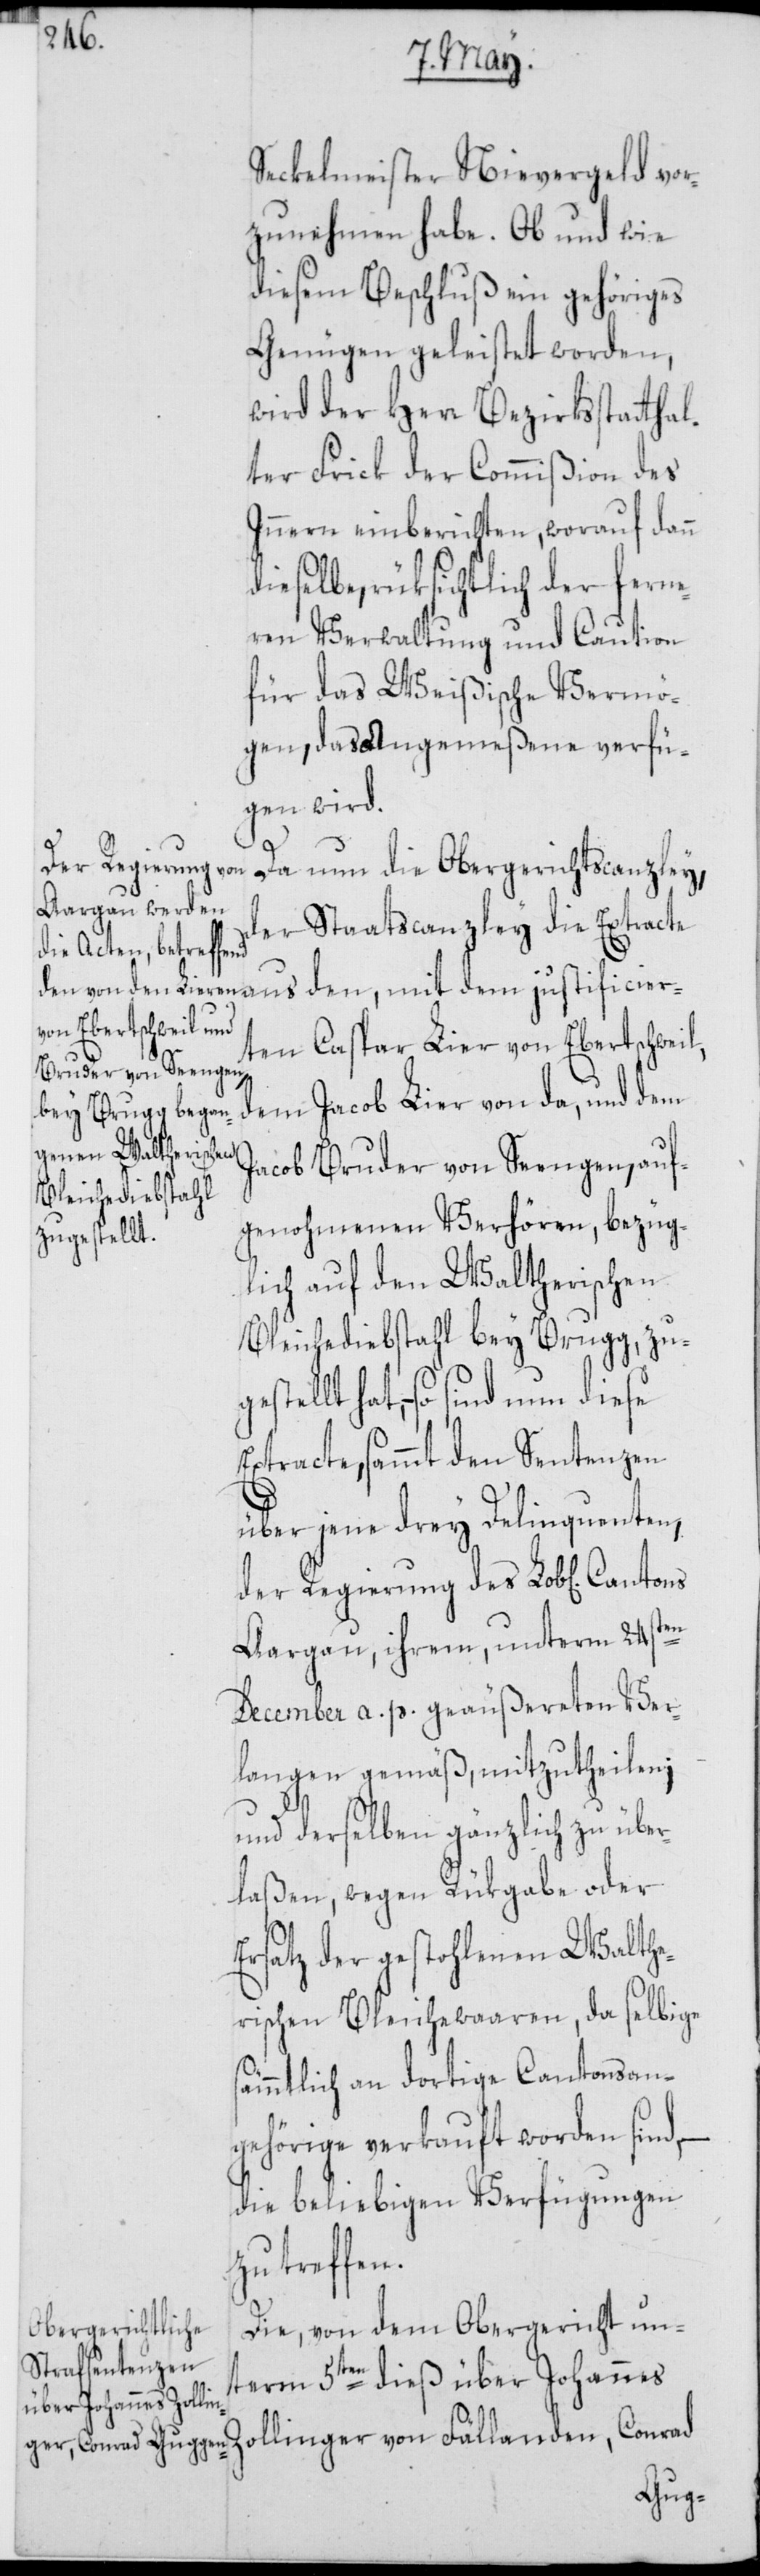
der Regierung des

Seckelmeister Nievergeld vo¬
zunehmen habe. Ob und wie
diesem Beschluß ein gehöriges
Genügen geleistet worden,
wird der Herr Bezirksstatthal¬
ter Frick der Commißion des
Innern einberichten, worauf dann
dieselbe, rüksichtlich der ferne¬
ren Verwaltung und Caution
für das Weißische Vermö¬
gen, das Angemeßene verfü¬
gen wird.
Da nun die Obergerichtscanzley,
der Staatscanzley die Extracte
aus den, mit dem justificier¬
ten Caspar Lier von Ebertschweil,
dem Jacob Lier von da, und dem
Jacob Bruder von Seengen, auf¬
genohmenen Verhören, bezüg¬
lich auf den Waltherischen
Bleichediebstahl bey Brugg, zu¬
gestellt hat, – so sind nun diese
Extracte, sammt den Sentenzen
über jene drey Delinquenten,
Aargau, ihrem, unterm 24sten
December a. p. geäußereten Ver¬
langen gemäß, mitzutheilen;
und derselben gänzlich zu über¬
laßen, wegen Rükgabe oder
Ersatz der gestohlenen Walthe¬
rischen Bleichewaaren, da selbige
sämmtlich an dortige Cantonsan¬
gehörige verkauft worden sind,
die beliebigen Verfügungen
zu treffen.
Die, von dem Obergericht un¬
term 5ten dieß über Johannes
ollinger von Fällanden; Conrad
Z¬